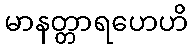
မာနတ္တာရဟေဟိ